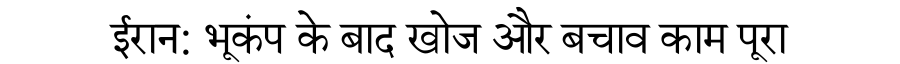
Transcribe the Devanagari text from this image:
ईरान: भूकंप के बाद खोज और बचाव काम पूरा